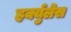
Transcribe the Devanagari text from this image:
हर्क्युलेस